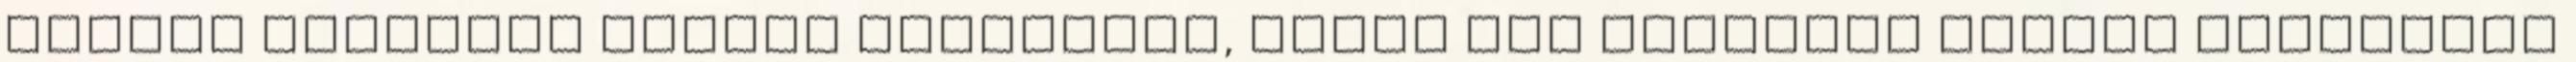
Margit Köszönöm szíves olvasásod, drága Ica Köszönöm kedves szavaidat